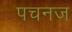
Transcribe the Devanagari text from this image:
पचनज